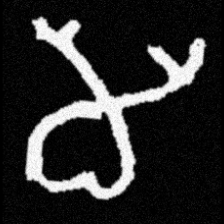
Pyu character \u2014 Myanmar letter: မ (romanized: ma)